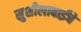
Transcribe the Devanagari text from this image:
सुशीलाबाईंचे